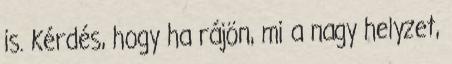
is. Kérdés, hogy ha rájön, mi a nagy helyzet,